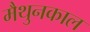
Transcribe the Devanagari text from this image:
मैथुनकाल